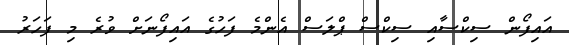
އައިފޯން ސިކްސާއި ސިކްސް ޕްލަސް އެންމެ ފަހުގެ އައިފޯނަށް ވުރެ މި ފަހަރު